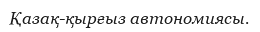
Қазақ-қырғыз автономиясы.